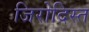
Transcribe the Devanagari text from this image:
जिरोदिस्त